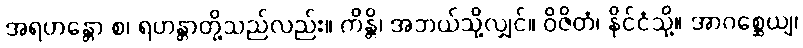
အရဟန္တော စ၊ ရဟန္တာတို့သည်လည်း။ ကိန္တိ၊ အဘယ်သို့လျှင်။ ဝိဇိတံ၊ နိုင်ငံသို့။ အာဂစ္ဆေယျ၊